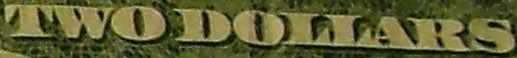
TWODOLLARS